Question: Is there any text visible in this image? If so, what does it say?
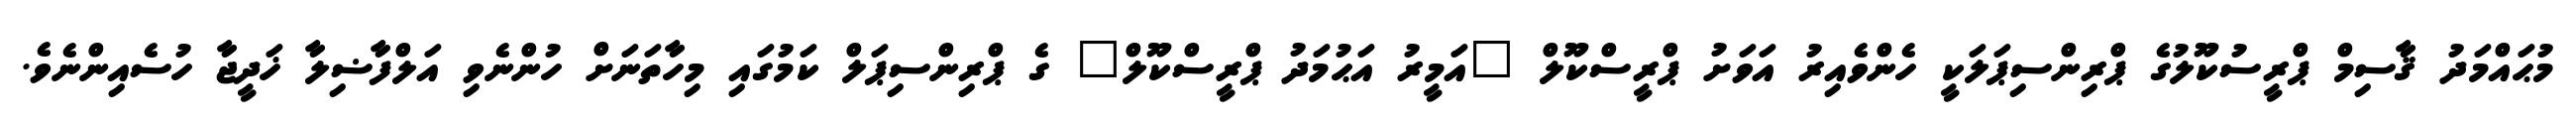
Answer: މުޙައްމަދު ޤާސިމް ޕްރީސުކޫލުގެ ޕްރިންސިޕަލަކީ ހެންވެއިރު އަވަށު ޕްރީސްކޫލް "އަމީރު އަޙުމަދު ޕްރީސްކޫލް" ގެ ޕްރިންސިޕަލް ކަމުގައި މިހާތަނަށް ހުންނެވި އަލްފާޟިލާ ޚަދީޖާ ހުސެއިންނެވެ.